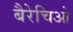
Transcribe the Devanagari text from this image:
बैरेचिओ